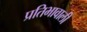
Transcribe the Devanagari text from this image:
प्रतिभावाली